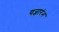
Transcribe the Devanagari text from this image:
यज्ञारंभ